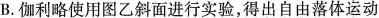
B.伽利略使用图乙斜面进行实验，得出自由落体运动